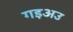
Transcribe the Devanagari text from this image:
गइअउ